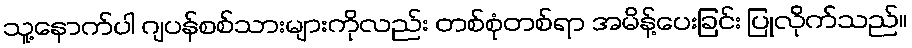
သူ့နောက်ပါ ဂျပန်စစ်သားများကိုလည်း တစ်စုံတစ်ရာ အမိန့်ပေးခြင်း ပြုလိုက်သည်။